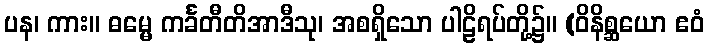
ပန၊ ကား။ ဓမ္မေ ကင်္ခတီတိအာဒီသု၊ အစရှိသော ပါဠိရပ်တို့၌။ (ဝိနိစ္ဆယော ဧဝံ